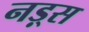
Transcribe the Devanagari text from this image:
नड़्स